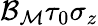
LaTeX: {\mathcal{B}}_{{\mathcal{M}}}\tau_{0}\sigma_{z}